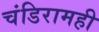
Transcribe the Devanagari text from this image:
चंडिरामही